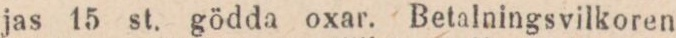
jas 15 st. gödda oxar. Betalningsvilkoren